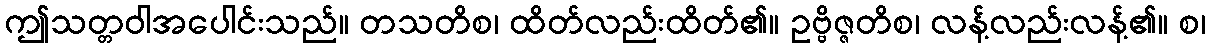
ဤသတ္တဝါအပေါင်းသည်။ တသတိစ၊ ထိတ်လည်းထိတ်၏။ ဥဗ္ဗိဇ္ဇတိစ၊ လန့်လည်းလန့်၏။ စ၊